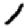
Digit: 1